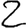
Digit: 2